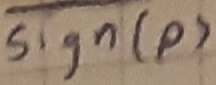
Text: SIgn(p)